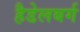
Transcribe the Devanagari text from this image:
हैडेलबर्ग